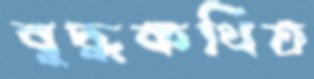
বুদ্ধকথিত